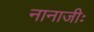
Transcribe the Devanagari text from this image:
नानाजीः